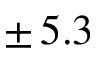
\pm \, 5 . 3